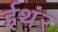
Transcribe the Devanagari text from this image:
ईथंर